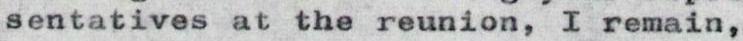
sentatives at the reunion, I remain,